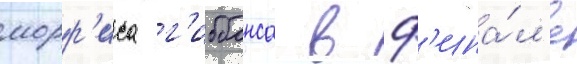
морр'иса г'иббонса в ф'ина́л'е